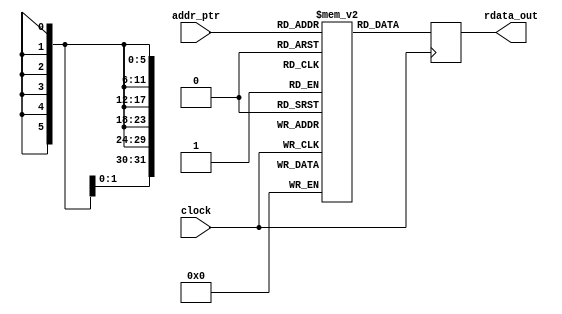
module mr_rom_pll_valuemask_16bpc #(
    parameter NUMBER_OF_MIF_RANGE          = 6,
    parameter ROM_DEPTH_FOR_EACH_MIF_RANGE = 7,			      
    parameter ROM_SIZE                     = 32,   
    parameter TOTAL_ROM_DEPTH              = 42, // 6*7
    parameter ADDR_WIDTH                   = 6   // alt_clogb2(42) 
) (
    input  wire                  clock,
    input  wire [ADDR_WIDTH-1:0] addr_ptr,
    output wire [ROM_SIZE-1:0]   rdata_out
);

reg  [ROM_SIZE-1:0]   ROM [0:TOTAL_ROM_DEPTH-1];
wire [ROM_SIZE-1:0]   DATAA = {ROM_SIZE{1'b0}};
wire [ADDR_WIDTH-1:0] RADDR;
   
initial begin
            // FIELD_VALMASK
    // ROM OFFSET 0 (25MHz - 50MHz)  
    ROM[0]  <= 32'h00000F0F; // m 30
    ROM[1]  <= 32'h00010000; // n 1
    ROM[2]  <= 32'h00000303; // c0 6
    ROM[3]  <= 32'h00001E1E; // c1 60
    ROM[4]  <= 32'h00003C3C; // c2 120
    ROM[5]  <= 32'h00000010; // cp
    ROM[6]  <= 32'h00000100; // bw
    // ROM OFFSET 1 (51MHz - 70MHz)  
    ROM[7]  <= 32'h00000A0A; // m 20
    ROM[8]  <= 32'h00010000; // n 1
    ROM[9]  <= 32'h00000202; // c0 4
    ROM[10] <= 32'h00001414; // c1 40
    ROM[11] <= 32'h00002828; // c2 80
    ROM[12] <= 32'h0000000B; // cp
    ROM[13] <= 32'h000000C0; // bw
    // ROM OFFSET 2 (71MHz - 100MHz)  
    ROM[14] <= 32'h00000505; // m 10
    ROM[15] <= 32'h00010000; // n 1
    ROM[16] <= 32'h00000101; // c0 2
    ROM[17] <= 32'h00000A0A; // c1 20
    ROM[18] <= 32'h00001414; // c2 40
    ROM[19] <= 32'h00000010; // cp 
    ROM[20] <= 32'h000000C0; // bw
    // ROM OFFSET 3 (101MHz - 170MHz)  
    ROM[21] <= 32'h00000404; // m 8
    ROM[22] <= 32'h00010000; // n 1
    ROM[23] <= 32'h00000404; // c0 8
    ROM[24] <= 32'h00000808; // c1 16
    ROM[25] <= 32'h00001010; // c2 32
    ROM[26] <= 32'h00000010; // cp
    ROM[27] <= 32'h000000C0; // bw
    // ROM OFFSET 4 (171MHz - 340MHz)  
    ROM[28] <= 32'h00000202; // m 4
    ROM[29] <= 32'h00010000; // n 1
    ROM[30] <= 32'h00000202; // c0 4
    ROM[31] <= 32'h00000404; // c1 8
    ROM[32] <= 32'h00000808; // c2 16
    ROM[33] <= 32'h00000010; // cp
    ROM[34] <= 32'h000000C0; // bw
    // ROM OFFSET 5 (85.25MHz - 150MHz) - 2.0  
    ROM[35] <= 32'h00000404; // m 8
    ROM[36] <= 32'h00010000; // n 1
    ROM[37] <= 32'h00000101; // c0 2
    ROM[38] <= 32'h00000202; // c1 4
    ROM[39] <= 32'h00000404; // c2 8
    ROM[40] <= 32'h00000010; // cp
    ROM[41] <= 32'h000000C0; // bw
    // Set the rest to all zeros
    ROM[42] <= 32'h00000000;
    ROM[43] <= 32'h00000000;
    ROM[44] <= 32'h00000000;
    ROM[45] <= 32'h00000000;
    ROM[46] <= 32'h00000000;
    ROM[47] <= 32'h00000000;
    ROM[48] <= 32'h00000000;
    ROM[49] <= 32'h00000000;
    ROM[50] <= 32'h00000000;
    ROM[51] <= 32'h00000000;
    ROM[52] <= 32'h00000000;
    ROM[53] <= 32'h00000000;
    ROM[54] <= 32'h00000000;
    ROM[55] <= 32'h00000000;
    ROM[56] <= 32'h00000000;
    ROM[57] <= 32'h00000000;
    ROM[58] <= 32'h00000000;
    ROM[59] <= 32'h00000000;
    ROM[60] <= 32'h00000000;
    ROM[61] <= 32'h00000000;
    ROM[62] <= 32'h00000000;
    ROM[63] <= 32'h00000000;           
end 

// write is unused
wire [ADDR_WIDTH-1:0] ADDRA = {ADDR_WIDTH{1'b0}}; 
wire                  WEA   = 1'b0; 
always @ (posedge clock)
begin
    if (WEA) begin
        ROM[ADDRA] <= DATAA;
    end
end
   
assign RADDR = addr_ptr;
   
reg [ROM_SIZE-1:0] RDATA;
always @ (posedge clock)
begin
     RDATA <= ROM[RADDR];
end

assign rdata_out = RDATA;
   
endmodule